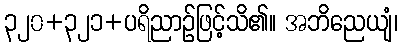
၃၂၀+၃၂၁+ပရိညာဉ်ဖြင့်သိ၏။ အဘိညေယျံ၊